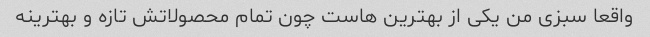
واقعا سبزی من یکی از بهترین هاست چون تمام محصولاتش تازه و بهترینه